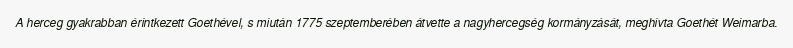
A herceg gyakrabban érintkezett Goethével, s miután 1775 szeptemberében átvette a nagyhercegség kormányzását, meghívta Goethét Weimarba.